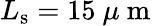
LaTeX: L_{\mathrm{s}}=15\mathrm{~}\mu\mathrm{~m~}